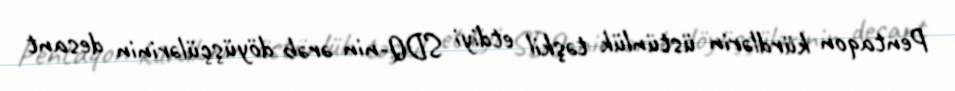
Pentaqon kürdlərin üstünlük təşkil etdiyi SDQ-nin ərəb döyüşçülərinin desant